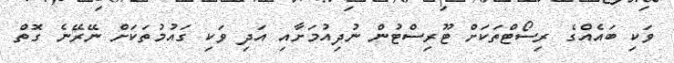
ވަކި ބައެއްގެ ރިސޯޓްތަކަށް ޓޫރިސްޓުން ނުދިއުމަށާއި އަދި ވަކި ގައުމުތަކަށް ނޭރޭނެ ގޮތް